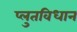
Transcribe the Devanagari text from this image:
प्लुतविधान